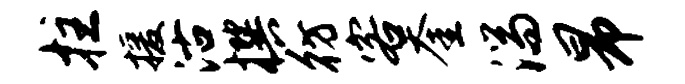
拄援沽撰彷客奎湍昂